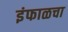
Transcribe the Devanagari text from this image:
इंफाळचा